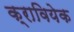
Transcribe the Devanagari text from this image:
क्रावियेक